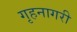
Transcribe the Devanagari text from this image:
गृहनागरी